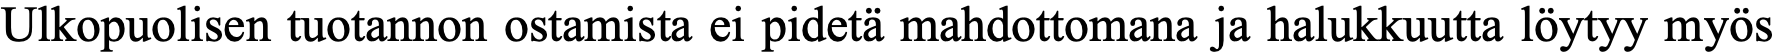
Ulkopuolisen tuotannon ostamista ei pidetä mahdottomana ja halukkuutta löytyy myös